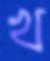
খ